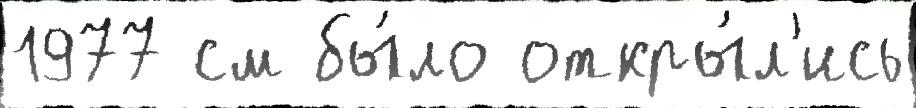
1977 см бы́ло откры́л'ись